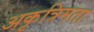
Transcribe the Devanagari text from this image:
अकृत्रिमता